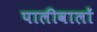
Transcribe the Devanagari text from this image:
पालीवालों